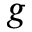
g